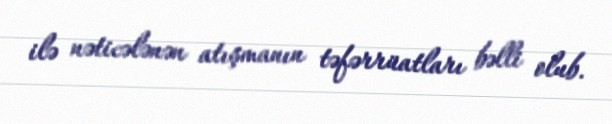
ilə nəticələnən atışmanın təfərrüatları bəlli olub.